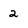
Character: 2